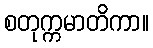
စတုက္ကမာတိကာ။